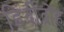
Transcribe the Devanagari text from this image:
हिंदीद्रोह